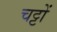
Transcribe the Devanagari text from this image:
चट्टों